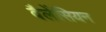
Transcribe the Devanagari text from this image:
वैलेंसियन